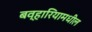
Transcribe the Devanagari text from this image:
बव्हारियामधील